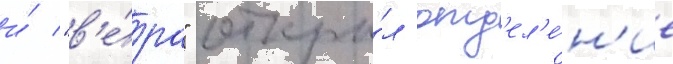
и́ "в'е́ра" откры́л отд'ел'е́н'ие